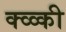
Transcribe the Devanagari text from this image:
क्व्व्की